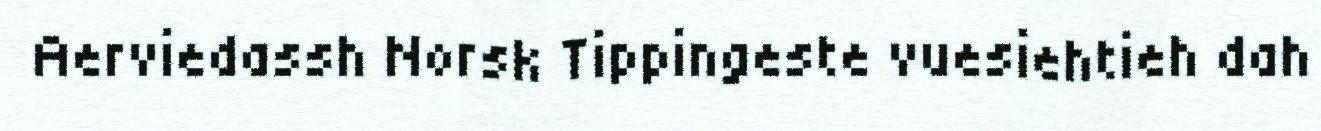
Aerviedassh Norsk Tippingeste vuesiehtieh dah